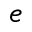
^ { e }